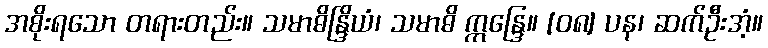
အစိုးရသော တရားတည်း။ သမာဓိန္ဒြိယံ၊ သမာဓိ ဣန္ဒြေ။ [၀၈] ပန၊ ဆက်ဦးအံ့။